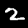
Digit: 2